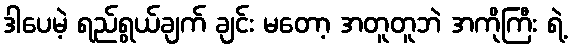
ဒါပေမဲ့ ရည်ရွယ်ချက် ချင်း မတော့ အတူတူဘဲ အကိုကြီး ရဲ့